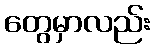
တွေမှာလည်း